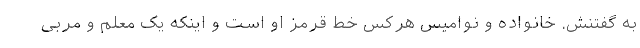
به گفتنش. خانواده و نوامیس هرکس خط قرمز او است و اینکه یک معلم و مربی